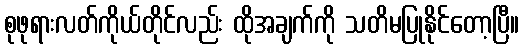
စုဖုရားလတ်ကိုယ်တိုင်လည်း ထိုအချက်ကို သတိမပြုနိုင်တော့ပြီ။